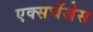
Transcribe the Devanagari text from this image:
एक्सचेंजेस